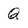
Character: Q